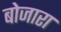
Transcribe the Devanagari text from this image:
बोजारा